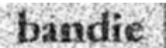
bandie